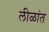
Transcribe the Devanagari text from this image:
लीळांत